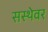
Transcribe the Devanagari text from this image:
सस्थेवर